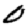
Digit: 0